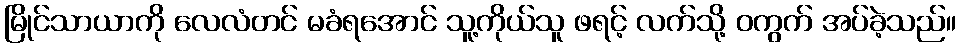
မြိုင်သာယာကို လေလံတင် မခံရအောင် သူ့ကိုယ်သူ ဖရင့် လက်သို့ ဝကွက် အပ်ခဲ့သည်။